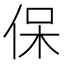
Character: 保